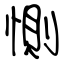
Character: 惻